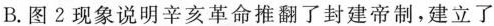
B.图2现象说明辛亥革命推翻了封建帝制，建立了